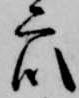
衆